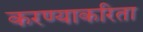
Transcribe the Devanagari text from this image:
करण्‍याकरिता